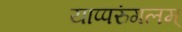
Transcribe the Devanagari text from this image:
याप्परुंगलम्